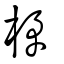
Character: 柕